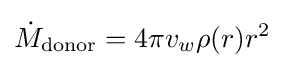
{\dot {M}}_{\text{donor}}=4\pi v_{w}\rho (r)r^{2}